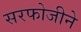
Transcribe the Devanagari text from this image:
सरफोजीने